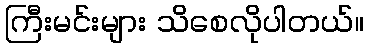
ကြီးမင်းများ သိစေလိုပါတယ်။